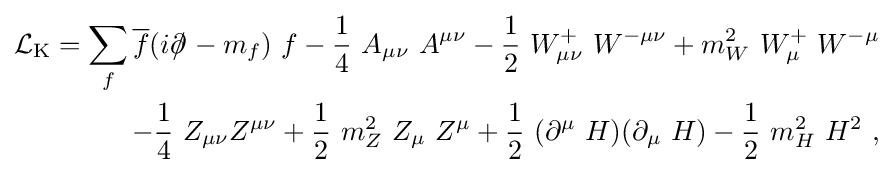
{\begin{aligned}{\mathcal {L}}_{\mathrm {K} }=\sum _{f}{\overline {f}}(i\partial \!\!\!/\!\;-m_{f})\ f-{\frac {1}{4}}\ A_{\mu \nu }\ A^{\mu \nu }-{\frac {1}{2}}\ W_{\mu \nu }^{+}\ W^{-\mu \nu }+m_{W}^{2}\ W_{\mu }^{+}\ W^{-\mu }\\\qquad -{\frac {1}{4}}\ Z_{\mu \nu }Z^{\mu \nu }+{\frac {1}{2}}\ m_{Z}^{2}\ Z_{\mu }\ Z^{\mu }+{\frac {1}{2}}\ (\partial ^{\mu }\ H)(\partial _{\mu }\ H)-{\frac {1}{2}}\ m_{H}^{2}\ H^{2}~,\end{aligned}}